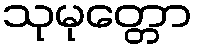
သုမုတ္တော